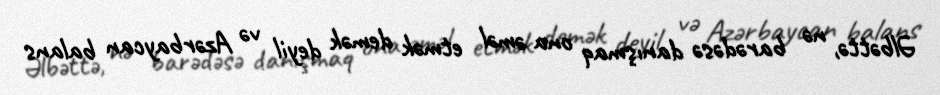
Əlbəttə, nə barədəsə danışmaq ona əməl etmək demək deyil və Azərbaycan balans